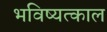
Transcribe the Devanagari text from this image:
भविष्यत्काल